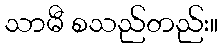
သာမီ စသည်တည်း။